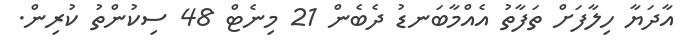
އާދަޔާ ހިލާފަށް ތަފާތު އެއްމާބަނޑު ދެބެން 21 މިނެޓް 48 ސިކުންތު ކުރިން.